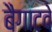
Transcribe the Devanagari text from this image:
बैगाटवे